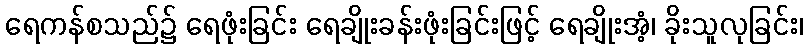
ရေကန်စသည်၌ ရေဖုံးခြင်း ရေချိုးခန်းဖုံးခြင်းဖြင့် ရေချိုးအံ့၊ ခိုးသူလုခြင်း၊